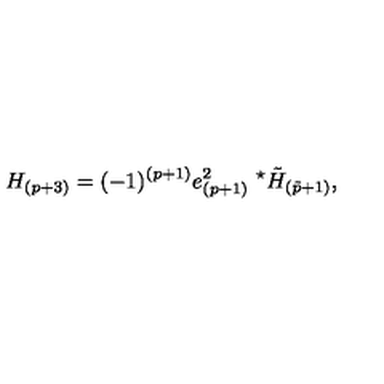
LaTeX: H _ { ( p + 3 ) } = ( - 1 ) ^ { ( p + 1 ) } e _ { ( p + 1 ) } ^ { 2 } \ { } ^ { \star } \tilde { H } _ { ( \tilde { p } + 1 ) } ,